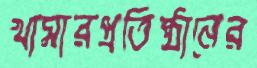
খামারপ্রতিষ্ঠানের